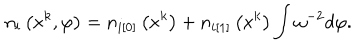
n _ { i } \left( x ^ { k } , \varphi \right) = n _ { i [ 0 ] } \left( x ^ { k } \right) + n _ { i [ 1 ] } \left( x ^ { k } \right) \int \omega ^ { - 2 } d \varphi .